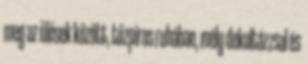
meg az ülések között, tűzpiros ruhában, mély dekoltázzsal és